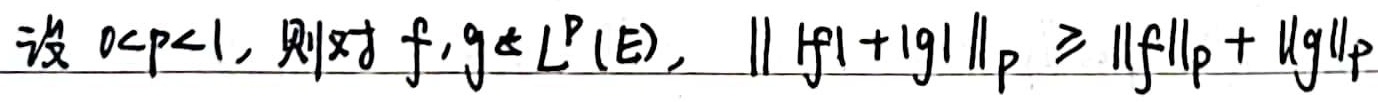
设\(0 < p < 1\)，则对\(f, g \in L^p(E)\)，\(\||f| + |g|\|_p \geq \|f\|_p + \|g\|_p\)